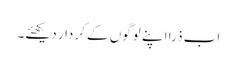
اب ذرا اپنے لوگوں کے کردار دیکھئے۔